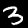
Label: 3